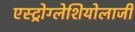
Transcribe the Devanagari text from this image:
एस्ट्रोग्लेशियोलाजी